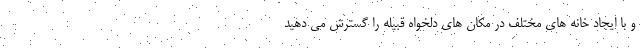
و با ایجاد خانه های مختلف در مکان های دلخواه قبیله را گسترش می دهید